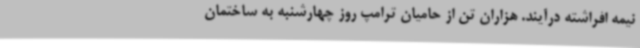
نیمه افراشته درآیند. هزاران تن از حامیان ترامپ روز چهارشنبه به ساختمان